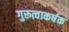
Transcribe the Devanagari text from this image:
गुरूत्वाकर्षक